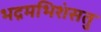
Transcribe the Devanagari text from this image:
भद्रमभिशंसतु